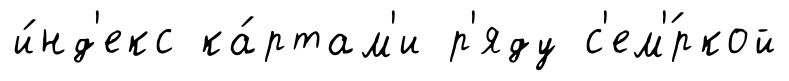
и́нд'екс ка́ртам'и р'яду с'ем'́ркой